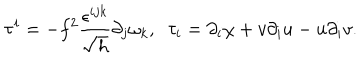
LaTeX: \tau ^ { i } = - f ^ { 2 } \frac { \epsilon ^ { i j k } } { \sqrt { h } } \partial _ { j } \omega _ { k } , \; \; \tau _ { i } = \partial _ { i } \chi + v \partial _ { i } u - u \partial _ { i } v .